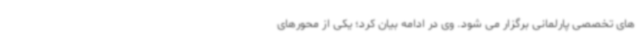
های تخصصی پارلمانی برگزار می شود. وی در ادامه بیان کرد؛ یکی از محورهای